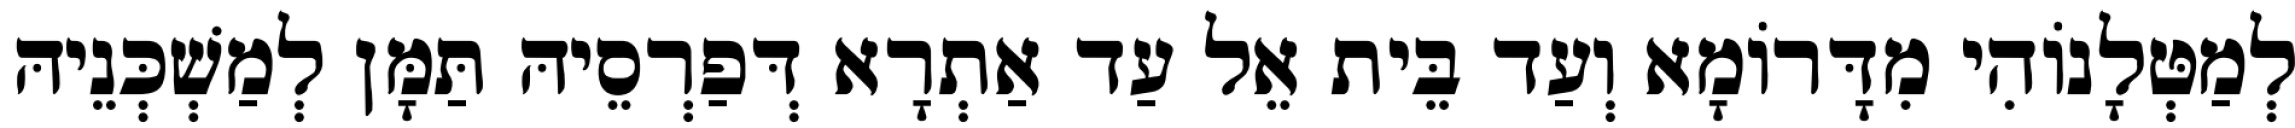
לְמַטְּלָנוֹהִי מִדָּרוֹמָא וְעַד בֵּית אֵל עַד אַתְרָא דְּפַרְסֵיהּ תַּמָּן לְמַשְׁכְּנֵיהּ